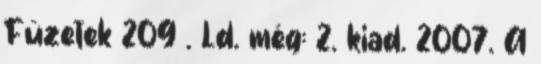
Füzetek 209 . Ld. még: 2. kiad. 2007. A